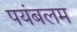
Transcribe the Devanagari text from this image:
पयंबलम